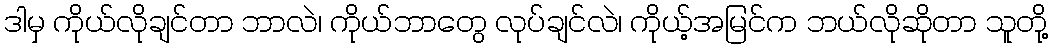
ဒါမှ ကိုယ်လိုချင်တာ ဘာလဲ၊ ကိုယ်ဘာတွေ လုပ်ချင်လဲ၊ ကိုယ့်အမြင်က ဘယ်လိုဆိုတာ သူတို့